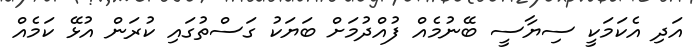
އަދި އެކަމަކީ ސިޔާސީ ބޭނުމެއް ފުއްދުމަށް ބަޔަކު ގަސްތުގައި ކުރަން އުޅޭ ކަމެއް